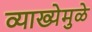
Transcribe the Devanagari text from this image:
व्याख्येमुळे